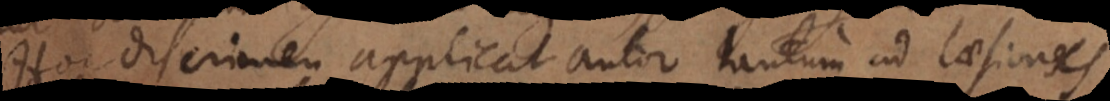
Hoc discrimen applicat autor tantum ad laesiones